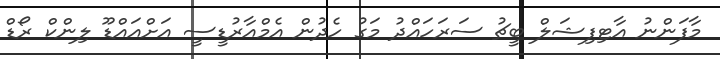
މާފަންނު އާޓިފިޝަލް ބީޗު ސަރަހައްދު މަގު ހެދުން އެމްއާރުޑީސީ އަށްއައްޑޫ ލިންކް ރޯޑް